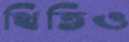
থিতিও